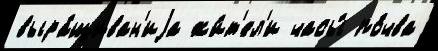
выра́щиван'иjа жи́т'ел'и часы́ по́чва